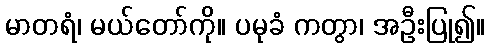
မာတရံ၊ မယ်တော်ကို။ ပမုခံ ကတွာ၊ အဦးပြု၍။